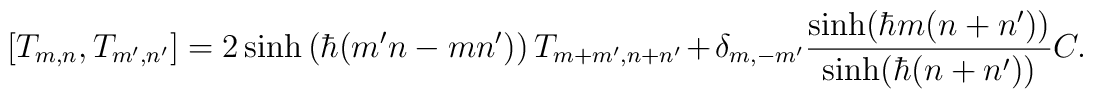
[ T_{m,n}, T_{m', n'} ]=  2 \sinh \left( \hbar ( m'n - mn' ) \right) T_{m + m', n + n'} +  \delta_{m, -m'}  \frac{\sinh ( \hbar m ( n + n' ) )}{\sinh ( \hbar ( n + n' ) )} C.